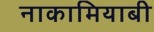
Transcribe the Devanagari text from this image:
नाकामियाबी